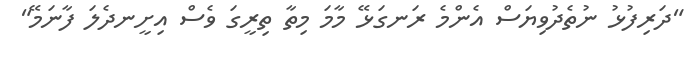
"ދަރިފުޅު ނުތެދުވިޔަސް އެންމެ ރަނގަޅޭ މާމަ މިތާ ތިރީގަ ވެސް އިށީނދެލަ ފާނަމޭ"